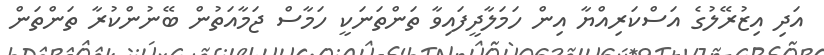
އަދި އިޒުރޭލުގެ އަސްކަރިއްޔާ އިން ހަމަލާދީފައިވާ ތަންތަނަކީ ހަމާސް ޖަމާއަތުން ބޭނުންކުރާ ތަންތަން